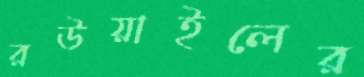
রউয়াইলের